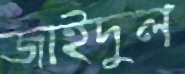
জাইদুল